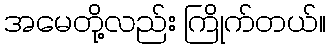
အမေတို့လည်း ကြိုက်တယ်။